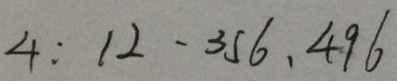
4 : 1 2 . 3 5 6 . 4 9 6